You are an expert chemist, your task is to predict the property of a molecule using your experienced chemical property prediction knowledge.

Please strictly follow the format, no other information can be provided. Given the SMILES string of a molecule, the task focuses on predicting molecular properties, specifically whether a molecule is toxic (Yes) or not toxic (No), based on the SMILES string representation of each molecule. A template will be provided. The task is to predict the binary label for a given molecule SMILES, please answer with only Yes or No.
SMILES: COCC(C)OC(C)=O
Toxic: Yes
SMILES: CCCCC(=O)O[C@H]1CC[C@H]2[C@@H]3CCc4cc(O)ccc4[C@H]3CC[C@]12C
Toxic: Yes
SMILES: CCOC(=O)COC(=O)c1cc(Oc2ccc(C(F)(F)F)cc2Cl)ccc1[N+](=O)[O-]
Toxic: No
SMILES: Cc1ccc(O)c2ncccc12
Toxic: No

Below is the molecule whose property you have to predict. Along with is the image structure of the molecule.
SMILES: O=C(Nc1ccccc1)Nc1cnns1
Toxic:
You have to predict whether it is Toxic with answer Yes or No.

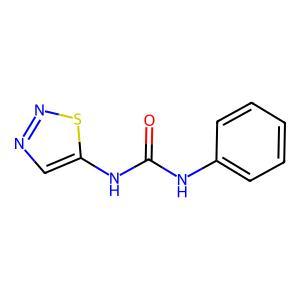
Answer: No